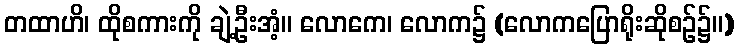
တထာဟိ၊ ထိုစကားကို ချဲ့ဦးအံ့။ လောကေ၊ လောက၌ (လောကပြောရိုးဆိုစဉ်၌။)